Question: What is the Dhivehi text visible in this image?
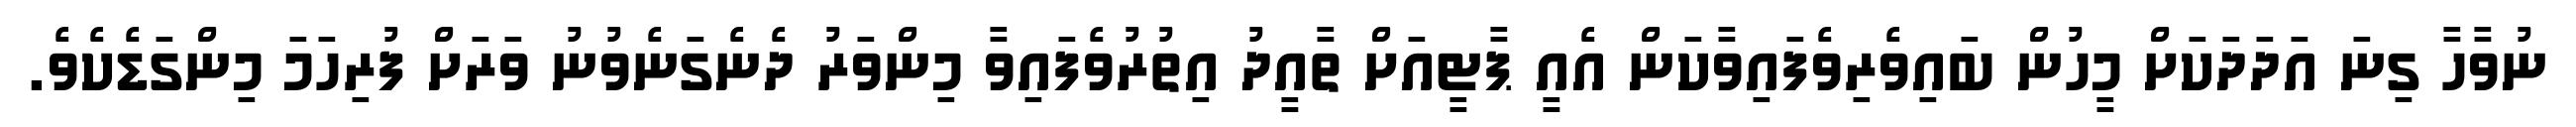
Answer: ނުވާހާ ގިނަ އަދަދަކަށް މީހުން ބައިވެރިވެފައިވާކަން އެއީ ޕާޓީއަށް ތާއީދު އިތުރުވެފައިވާ މިންވަރު ދެނެގަނެވުނު ވަރަށް ފުރިހަމަ މިންގަޑެކެވެ.